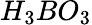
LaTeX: H_{3}BO_{3}